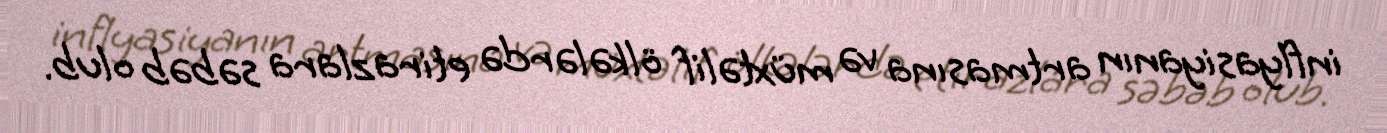
inflyasiyanın artmasına və müxtəlif ölkələrdə etirazlara səbəb olub.